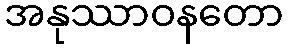
အနုဿာဝနတော